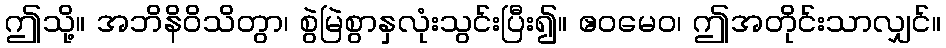
ဤသို့။ အဘိနိဝိသိတွာ၊ စွဲမြဲစွာနှလုံးသွင်းပြီး၍။ ဧဝမေဝ၊ ဤအတိုင်းသာလျှင်။